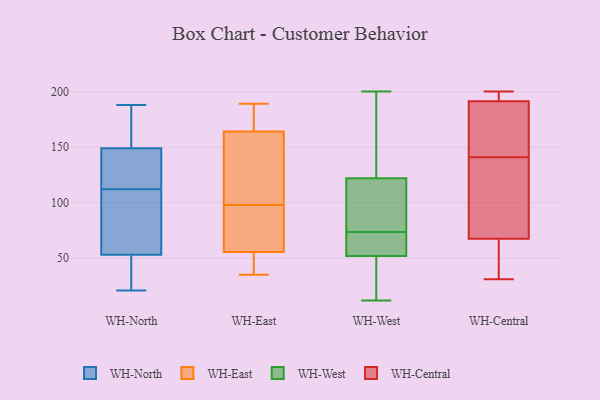
{"axis": {"x": "Bounce Rate (%)", "y": "Value"}, "legend": ["WH-Central", "WH-East", "WH-North", "WH-West"], "data": [{"x": "", "y": 23, "type": "WH-North"}, {"x": "", "y": 123, "type": "WH-North"}, {"x": "", "y": 83, "type": "WH-North"}, {"x": "", "y": 90, "type": "WH-North"}, {"x": "", "y": 148, "type": "WH-North"}, {"x": "", "y": 103, "type": "WH-North"}, {"x": "", "y": 21, "type": "WH-North"}, {"x": "", "y": 149, "type": "WH-North"}, {"x": "", "y": 130, "type": "WH-North"}, {"x": "", "y": 163, "type": "WH-North"}, {"x": "", "y": 39, "type": "WH-North"}, {"x": "", "y": 42, "type": "WH-North"}, {"x": "", "y": 53, "type": "WH-North"}, {"x": "", "y": 151, "type": "WH-North"}, {"x": "", "y": 68, "type": "WH-North"}, {"x": "", "y": 183, "type": "WH-North"}, {"x": "", "y": 188, "type": "WH-North"}, {"x": "", "y": 121, "type": "WH-North"}, {"x": "", "y": 61, "type": "WH-East"}, {"x": "", "y": 42, "type": "WH-East"}, {"x": "", "y": 98, "type": "WH-East"}, {"x": "", "y": 187, "type": "WH-East"}, {"x": "", "y": 54, "type": "WH-East"}, {"x": "", "y": 189, "type": "WH-East"}, {"x": "", "y": 35, "type": "WH-East"}, {"x": "", "y": 182, "type": "WH-East"}, {"x": "", "y": 110, "type": "WH-East"}, {"x": "", "y": 109, "type": "WH-East"}, {"x": "", "y": 60, "type": "WH-East"}, {"x": "", "y": 127, "type": "WH-West"}, {"x": "", "y": 52, "type": "WH-West"}, {"x": "", "y": 25, "type": "WH-West"}, {"x": "", "y": 56, "type": "WH-West"}, {"x": "", "y": 122, "type": "WH-West"}, {"x": "", "y": 102, "type": "WH-West"}, {"x": "", "y": 200, "type": "WH-West"}, {"x": "", "y": 16, "type": "WH-West"}, {"x": "", "y": 66, "type": "WH-West"}, {"x": "", "y": 60, "type": "WH-West"}, {"x": "", "y": 113, "type": "WH-West"}, {"x": "", "y": 102, "type": "WH-West"}, {"x": "", "y": 81, "type": "WH-West"}, {"x": "", "y": 63, "type": "WH-West"}, {"x": "", "y": 171, "type": "WH-West"}, {"x": "", "y": 19, "type": "WH-West"}, {"x": "", "y": 12, "type": "WH-West"}, {"x": "", "y": 144, "type": "WH-West"}, {"x": "", "y": 31, "type": "WH-Central"}, {"x": "", "y": 193, "type": "WH-Central"}, {"x": "", "y": 186, "type": "WH-Central"}, {"x": "", "y": 128, "type": "WH-Central"}, {"x": "", "y": 66, "type": "WH-Central"}, {"x": "", "y": 200, "type": "WH-Central"}, {"x": "", "y": 141, "type": "WH-Central"}, {"x": "", "y": 77, "type": "WH-Central"}, {"x": "", "y": 155, "type": "WH-Central"}, {"x": "", "y": 61, "type": "WH-Central"}, {"x": "", "y": 60, "type": "WH-Central"}, {"x": "", "y": 195, "type": "WH-Central"}, {"x": "", "y": 72, "type": "WH-Central"}, {"x": "", "y": 195, "type": "WH-Central"}, {"x": "", "y": 147, "type": "WH-Central"}]}